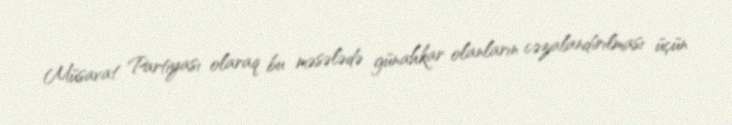
Müsavat Partiyası olaraq bu məsələdə günahkar olanların cəzalandırılması üçün